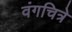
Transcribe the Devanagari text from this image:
वंगचित्रे